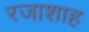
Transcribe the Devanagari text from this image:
रजाशाह